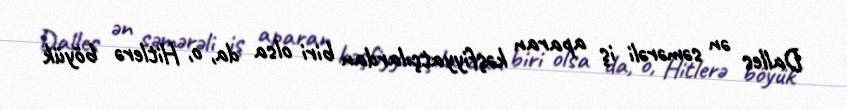
Dalles ən səmərəli iş aparan kəşfiyyatçılardan biri olsa da, o, Hitlerə böyük